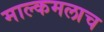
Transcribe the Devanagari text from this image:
माल्कमलाच